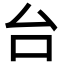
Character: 台